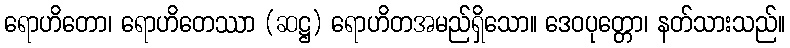
ရောဟိတော၊ ရောဟိတေဿာ (ဆဋ္ဌ) ရောဟိတအမည်ရှိသော။ ဒေဝပုတ္တော၊ နတ်သားသည်။